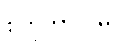
စတုတာလမ္ပိ